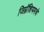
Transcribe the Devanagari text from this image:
जिम्नॅशियमचे